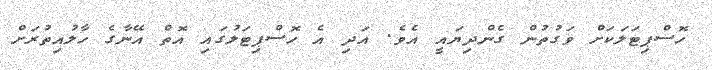
ހޮސްޕިޓަލަކަށް ވަގުތުން ގެންދިޔައީ އެވެ. އަދި އެ ހޮސްޕިޓަލުގައި އޮތް އޭނާގެ ހާލުއިތުރަށް